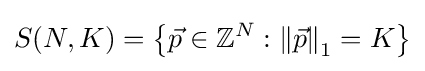
S(N,K)=\left\{{\vec {p}}\in \mathbb {Z} ^{N}:\left\|{\vec {p}}\right\|_{1}=K\right\}